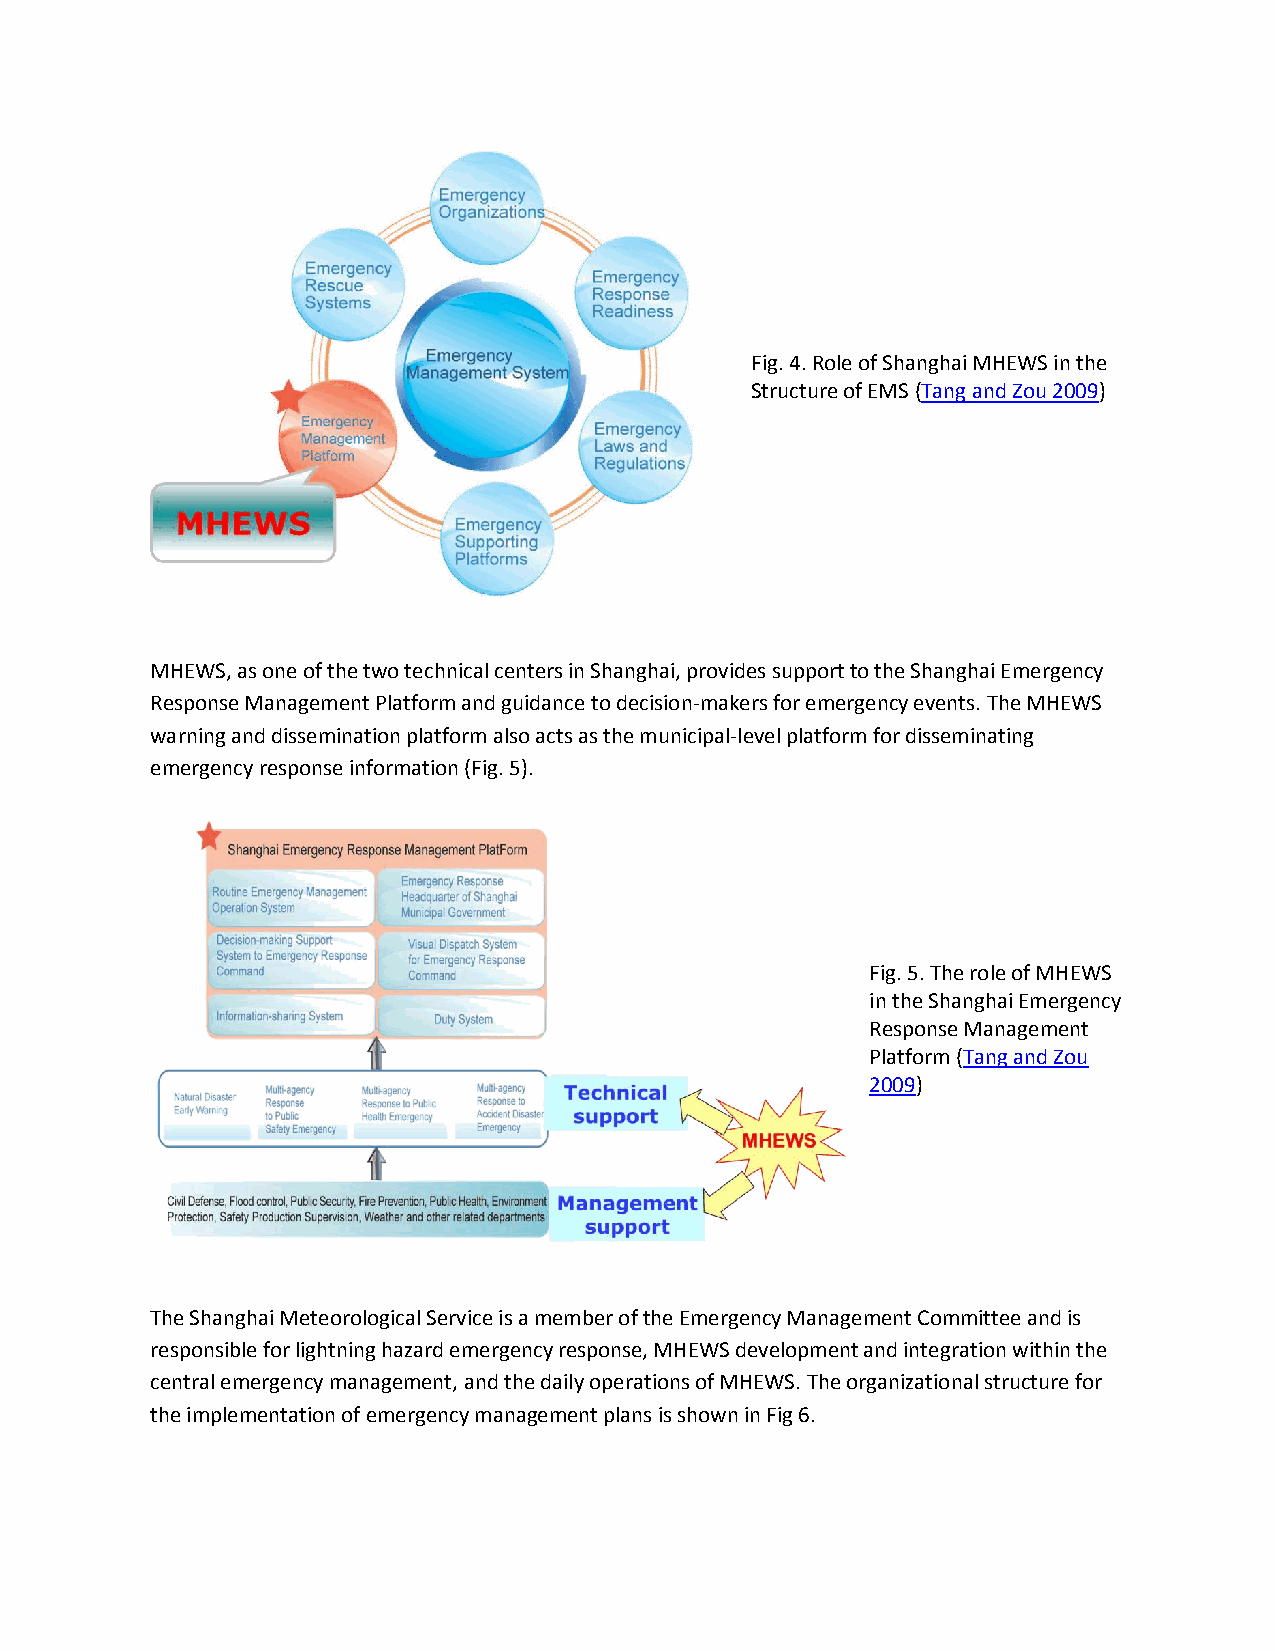
Fig. 4. Role of Shanghai MHEWS in the
 Structure of EMS (Tang and Zou 2009)
 MHEWS, as one of the two technical centers in Shanghai, provides support to the Shanghai Emergency
 Response Management Platform and guidance to decision-makers for emergency events. The MHEWS
 warning and dissemination platform also acts as the municipal-level platform for disseminating
 emergency response information (Fig. 5).
 Fig. 5. The role of MHEWS
 in the Shanghai Emergency
 Response Management
 Platform (Tang and Zou
 2009)
 The Shanghai Meteorological Service is a member of the Emergency Management Committee and is
 responsible for lightning hazard emergency response, MHEWS development and integration within the
 central emergency management, and the daily operations of MHEWS. The organizational structure for
 the implementation of emergency management plans is shown in Fig 6.